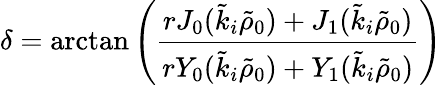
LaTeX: \delta=\arctan\left(\frac{rJ_{0}(\tilde{k}_{i}\tilde{\rho}_{0})+J_{1}(\tilde{k}_{i}\tilde{\rho}_{0})}{rY_{0}(\tilde{k}_{i}\tilde{\rho}_{0})+Y_{1}(\tilde{k}_{i}\tilde{\rho}_{0})}\right)